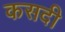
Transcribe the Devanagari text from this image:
कसदी